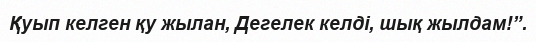
Қуып келген қу жылан, Дегелек келді, шық жылдам!”.